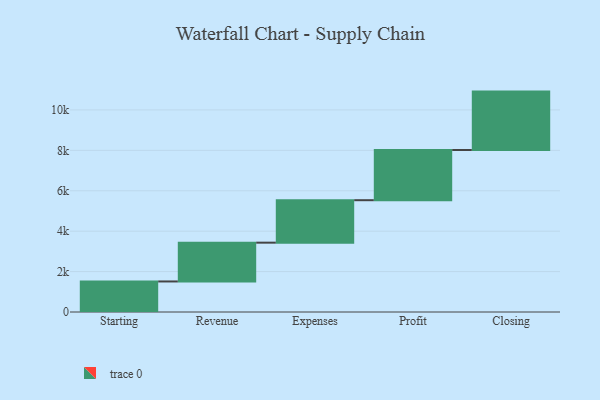
{"axis": {"x": "Step", "y": "Value"}, "legend": [""], "data": [{"x": "Starting", "y": 1511.0, "type": ""}, {"x": "Revenue", "y": 1920.0, "type": ""}, {"x": "Expenses", "y": 2101.0, "type": ""}, {"x": "Profit", "y": 2485.0, "type": ""}, {"x": "Closing", "y": 2889.0, "type": ""}]}